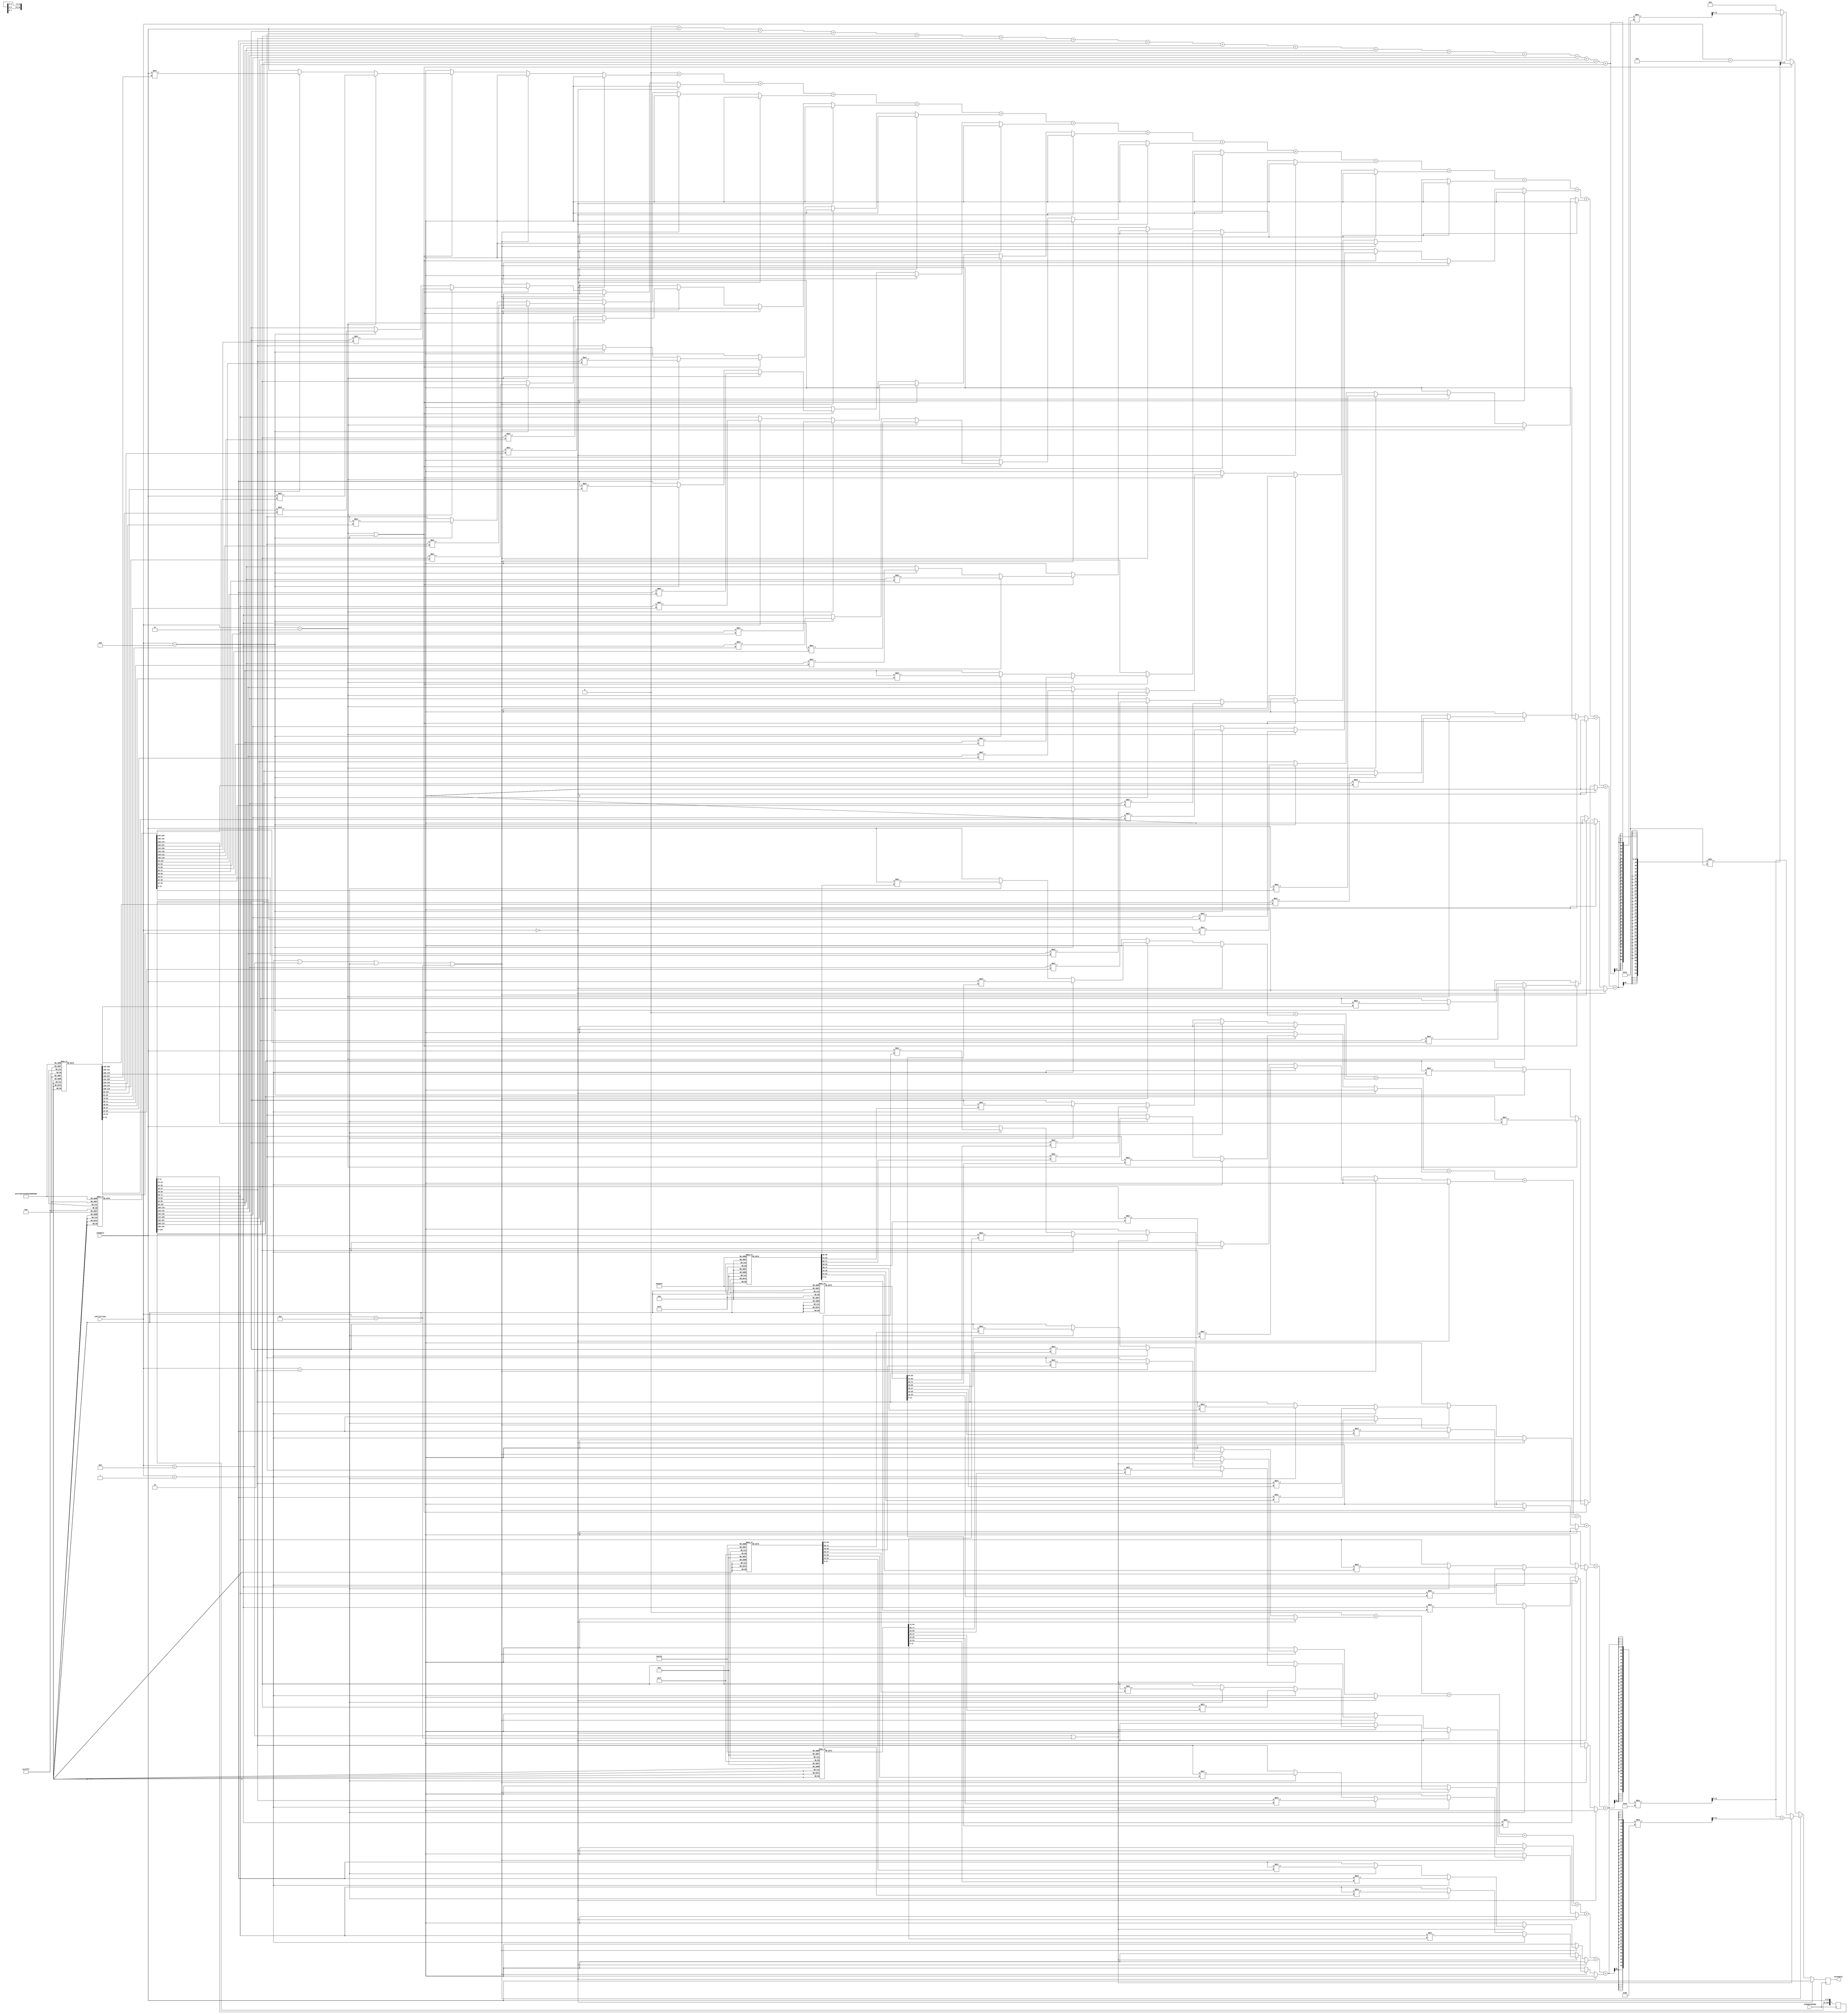
`timescale 1ns / 1ps
//////////////////////////////////////////////////////////////////////////////////
// Company: 
// 
// Design Name: 
// Module Name:    ConvolutionFilter 
// Project Name: 
// Target Devices: 
// Tool versions: 
// Description: 
//
// Dependencies: 
//
// Revision: 
// Revision 0.01 - File Created
// Additional Comments: 
//
//////////////////////////////////////////////////////////////////////////////////


/* Filter calculation

Using butterworth filters
y - output sample
x - input sample

Recurrence relation:
y[n] = (  
		@finite response part: a coefficients in butterworth
			a1 * x[n- 8])
     + ( a2 * x[n- 7])
     + ( a3 * x[n- 6])
     + ( a4 * x[n- 5])
     + ( a5 * x[n- 4])
     + ( a6 * x[n- 3])
     + ( a7 * x[n- 2])
     + ( a8 * x[n- 1])
     + ( a9 * x[n- 0])
		@infinite response part: b coefficients in butterworth
     + ( b1 * y[n- 8])
     + ( b2 * y[n- 7])
     + ( b3 * y[n- 6])
     + ( b4 * y[n- 5])
     + ( b5 * y[n- 4])
     + ( b6 * y[n- 3])
     + ( b7 * y[n- 2])
     + ( b8 * y[n- 1])
*/
module ConvolutionFilter(
	input signed [11:0] inSample,
	input inSampleReady,
	
	// Filter types: [IIR, X,X,X]
	// No filter			- 0000
	// low pass FIR		- 0001
	// high pass FIR		- 0010
	// band pass FIR		- 0011
	// band reject FIR	- 0100
	// Moving average		- 0101
	// low pass IIR		- 1001
	// hight pass IIR		- 1010
	input [3:0] inFilterType,
	
	output [11:0] outSample
);
	localparam avgFilterSampleSpan = 16;
	localparam singleCutoffSampleSpan = 8;
	localparam singleCutoffIIRSampleSpan = 7;
	localparam multiCutoffSampleSpan = 17;
	
	localparam sampleSize = 12;
	localparam bufferedSamples = 20;
	
	reg [sampleSize * singleCutoffIIRSampleSpan - 1:0] IIRBuffer = 0;// FIFO buffer of multiple sample outs from filters
	reg [sampleSize * bufferedSamples - 1:0] sampleBuffer = 0;// FIFO buffer of multiple samples
	reg signed [sampleSize - 1:0] sample = 0;// Resulting sample
	reg signed [sampleSize - 1:0] tempSample = 0;// buffer for operating with one sample from sample buffer
	reg signed [64:0] sampleSum;
	reg signed [64:0] sampleIIRSum;
	
	integer i;
	integer j;
	integer bitIter;
	
	// Static FIR filters
	// seventh order
	reg signed [sampleSize - 1:0] filterLowPass500[singleCutoffSampleSpan - 1:0];
	reg signed [sampleSize - 1:0] filterHighPass500[singleCutoffSampleSpan - 1:0];
	// eight order
	reg signed [sampleSize - 1:0] filterBandPass500to2220[multiCutoffSampleSpan - 1:0];
	reg signed [sampleSize - 1:0] filterBandReject500to2220[multiCutoffSampleSpan - 1:0];
	
	// Static IIR additions
	reg signed [sampleSize - 1:0] IIRfilterLowPass500[singleCutoffSampleSpan - 1:0];
	reg signed [sampleSize - 1:0] IIRfilterHighPass500[singleCutoffSampleSpan - 1:0];
	
	initial begin
		// Butterworth coefficients claculated by: https://www-users.cs.york.ac.uk/~fisher/mkfilter/trad.html
		//######## FIR filters ########
		// Low pass
		filterLowPass500[0] = 1; // n-7
		filterLowPass500[1] = 7;
		filterLowPass500[2] = 21;
		filterLowPass500[3] = 35;
		filterLowPass500[4] = 35;
		filterLowPass500[5] = 21;
		filterLowPass500[6] = 7;
		filterLowPass500[7] = 1; // n-0
		
		// High pass
		filterHighPass500[0] = -1; // n-7
		filterHighPass500[1] = 7;
		filterHighPass500[2] = -21;
		filterHighPass500[3] = 35;
		filterHighPass500[4] = -35;
		filterHighPass500[5] = 21;
		filterHighPass500[6] = -7;
		filterHighPass500[7] = 1; // n-0
		
		// Band pass
		filterBandPass500to2220[0] = 1; // n-16
		filterBandPass500to2220[1] = 0; 
		filterBandPass500to2220[2] = -8; 
		filterBandPass500to2220[3] = 0; 
		filterBandPass500to2220[4] = 28;
		filterBandPass500to2220[5] = 0; 
		filterBandPass500to2220[6] = -56;
		filterBandPass500to2220[7] = 0;
		filterBandPass500to2220[8] = 70; 
		filterBandPass500to2220[9] = 0; 
		filterBandPass500to2220[10] = -56; 
		filterBandPass500to2220[11] = 0; 
		filterBandPass500to2220[12] = 28; 
		filterBandPass500to2220[13] = 0; 
		filterBandPass500to2220[14] = -8; 
		filterBandPass500to2220[15] = 0;
		filterBandPass500to2220[16] = 1; // n-0
		
		// Band reject
		filterBandReject500to2220[0] = 1; // n-16
		filterBandReject500to2220[1] = -15; 
		filterBandReject500to2220[2] = 117; 
		filterBandReject500to2220[3] = -543; 
		filterBandReject500to2220[4] = 1755;
		filterBandReject500to2220[5] = -4190; 
		filterBandReject500to2220[6] = 7652;
		filterBandReject500to2220[7] = -10908;
		filterBandReject500to2220[8] = 12262; 
		filterBandReject500to2220[9] = -10908; 
		filterBandReject500to2220[10] = 7652; 
		filterBandReject500to2220[11] = -4190; 
		filterBandReject500to2220[12] = 1755; 
		filterBandReject500to2220[13] = -543; 
		filterBandReject500to2220[14] = 117; 
		filterBandReject500to2220[15] = -15;
		filterBandReject500to2220[16] = 1; // n-0
		
		//####### IIR additions ########
		// Low pass
		IIRfilterLowPass500[0] = 0; // n-7
		IIRfilterLowPass500[1] = -5;
		IIRfilterLowPass500[2] = 16;
		IIRfilterLowPass500[3] = -29;
		IIRfilterLowPass500[4] = 30;
		IIRfilterLowPass500[5] = -19;
		IIRfilterLowPass500[6] = 6; // n-1
		//IIRfilterLowPass500[7] = 0;
		
		// High pass
		IIRfilterLowPass500[0] = 0; // n-7
		IIRfilterLowPass500[1] = -5;
		IIRfilterLowPass500[2] = 16;
		IIRfilterLowPass500[3] = -29;
		IIRfilterLowPass500[4] = 30;
		IIRfilterLowPass500[5] = -19;
		IIRfilterLowPass500[6] = 6;
		//IIRfilterLowPass500[7] = 1;
		
	end
	
	always @(posedge inSampleReady) begin
		sampleBuffer = sampleBuffer << 12;
		sampleBuffer[11:0] = inSample;
		sampleSum = 0;
		sampleIIRSum = 0;
		bitIter = 0;
		
		if(inFilterType == 4'b0000) begin // No filter applied
			sample = inSample;
		end
		else if (inFilterType == 4'b0001 || inFilterType == 4'b1001 || inFilterType == 4'b0010 || inFilterType == 4'b1010) begin // Static low / high pass FIR filters
			for(i = 0; i < singleCutoffSampleSpan; i = i + 1) begin
				// In Verilog the range must be bounded by constant expressions, so copy bit by bit, could use mask instead
				for(j = 0; j < sampleSize; j = j + 1) begin
					tempSample[j] = sampleBuffer[bitIter];
					bitIter = bitIter + 1;
				end
				if(inFilterType == 4'b0001) begin
					tempSample = tempSample * filterLowPass500[i];
				end
				else if (inFilterType == 4'b0010) begin // high pass FIR filter
					tempSample = tempSample * filterHighPass500[i];
				end
				sampleSum = sampleSum + tempSample;
			end
			// Normalize samples, cause they may get bigger than actual 12 bit value
			sampleSum = sampleSum / 64;
			
			IIRBuffer = IIRBuffer << 12;
			IIRBuffer[11:0] = sampleSum;
			
			// Calculate IIR
			if(inFilterType == 4'b1001 || inFilterType == 4'b1010) begin
				bitIter = 0;
				for(i = 0; i < singleCutoffIIRSampleSpan; i = i + 1) begin
					// In Verilog the range must be bounded by constant expressions, so copy bit by bit, could use mask instead
					for(j = 0; j < sampleSize; j = j + 1) begin
						tempSample[j] = sampleBuffer[bitIter];
						bitIter = bitIter + 1;
					end
					if(inFilterType == 4'b0001) begin
						tempSample = tempSample * IIRfilterLowPass500[i];
					end
					else if (inFilterType == 4'b0010) begin // high pass FIR filter
						tempSample = tempSample * IIRfilterHighPass500[i];
					end
					sampleIIRSum = sampleIIRSum + tempSample;
				end
				sampleIIRSum = sampleIIRSum / 128;
				sample = sampleSum + sampleIIRSum;
			end	
			else begin
				sample = sampleSum;
			end
		end 
		else if (inFilterType == 4'b0011 || inFilterType == 4'b0100) begin // Static band pass / reject FIR filters
			for(i = 0; i < multiCutoffSampleSpan; i = i + 1) begin
				// In Verilog the range must be bounded by constant expressions, so copy bit by bit, could use mask instead
				for(j = 0; j < sampleSize; j = j + 1) begin
					tempSample[j] = sampleBuffer[bitIter];
					bitIter = bitIter + 1;
				end
				if(inFilterType == 4'b0011) begin
					tempSample = tempSample * filterBandPass500to2220[i];
				end
				else if (inFilterType == 4'b0100) begin // high pass FIR filter
					tempSample = tempSample * filterBandReject500to2220[i];
				end
				sampleSum = sampleSum + tempSample;
			end
			// Normalize samples, cause they may get bigger than actual 12 bit value
			sample = sampleSum / 16;
		end 
		else if (inFilterType == 4'b0101) begin // Moving Average filter
			for(i = 0; i < avgFilterSampleSpan; i = i + 1) begin
				// In Verilog the range must be bounded by constant expressions, so copy bit by bit, could use mask instead
				for(j = 0; j < sampleSize; j = j + 1) begin
					tempSample[j] = sampleBuffer[bitIter];
					bitIter = bitIter + 1;
				end
				sampleSum = sampleSum + tempSample;
			end
			sample = sampleSum / avgFilterSampleSpan;
		end
		else begin // INVALID type
			sample = 0;
		end
	end
	
	assign outSample = sample;
endmodule